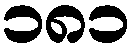
၁၈၁